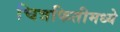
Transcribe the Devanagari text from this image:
चित्रफितीमध्ये